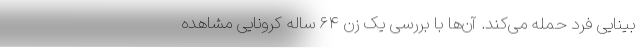
بینایی فرد حمله می‌کند. آن‌ها با بررسی یک زن ۶۴ ساله کرونایی مشاهده